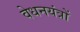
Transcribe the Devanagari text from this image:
वेधनयंत्रों